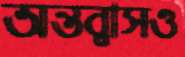
অন্তর্বাসও